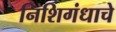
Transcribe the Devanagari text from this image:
निशिगंधाचे